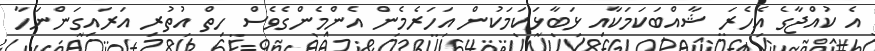
އެ ކުއްޖާގެ އެހެރަ ޝާއްބަކަމަކާއި ޅަބާޅަކަމަކުން އަހަރެމެން އެންމެންގެވެސް ހިތް އުތުރި އަރައިގަންނަހާ